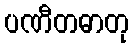
ပဏီတဓာတု